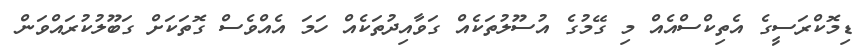
ޑިމޮކްރަސީގެ އެތިކްސްއެއް މި ގޭމުގެ އުސޫލުތަކެއް ގަވާއިދުތަކެއް ހަމަ އެއްވެސް ގޮތަކަށް ގަބޫލުކުރައްވަން